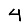
Digit: 4